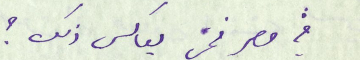
في مصر فمن يعاكس ذلك ؟